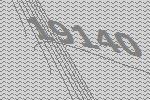
19140